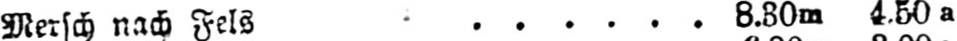
Mersch nach Fels ...... 8.30m 4.50a